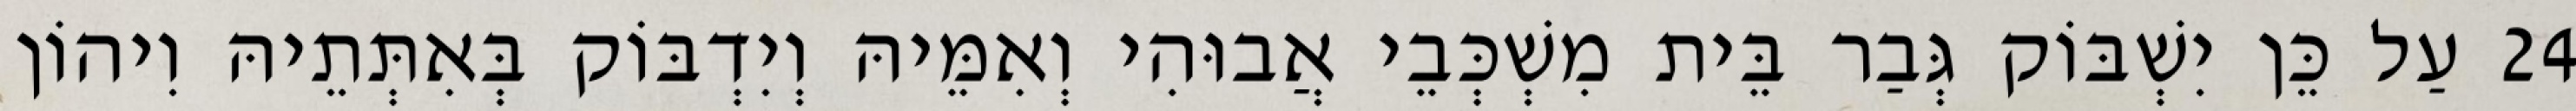
24 עַל כֵּן יִשְׁבּוֹק גְּבַר בֵּית מִשְׁכְּבֵי אֲבוּהִי וְאִמֵּיהּ וְיִדְבּוֹק בְּאִתְּתֵיהּ וִיהוֹן